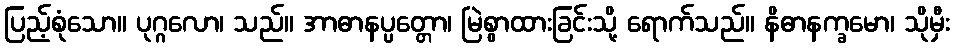
ပြည့်စုံသော။ ပုဂ္ဂလော၊ သည်။ အာဓာနပ္ပတ္တော၊ မြဲစွာထားခြင်းသို့ ရောက်သည်။ နိဓာနက္ခမော၊ သိုမှီး